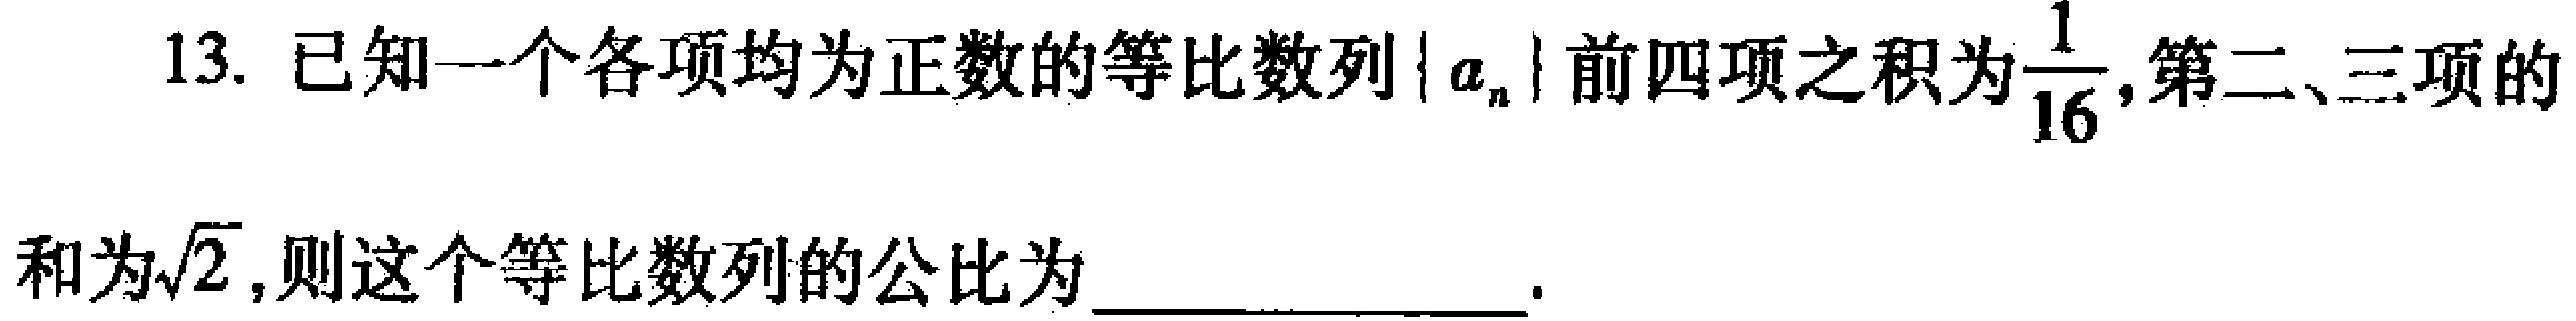
13. 已知一个各项均为正数的等比数列\(\{ a_{n}\}\)前四项之积为\(\frac{1}{16}\), 第二、三项的

和为\(\sqrt{2}\), 则这个等比数列的公比为  __________________ .